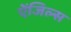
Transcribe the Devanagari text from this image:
ऐंजिल्स